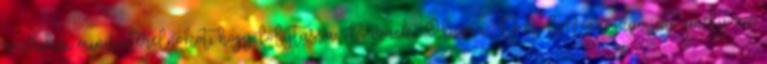
amerikai miniszterelnököt, hogy folytassa Barack Obama DACA-programját, amely az